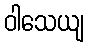
ဝါသေယျ